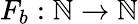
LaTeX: F_{b}:\mathbb{N}\rightarrow\mathbb{N}